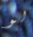
لو